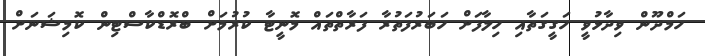
ހަމްދޫން ވިދާޅުވީ ހަގީގަތާއި ހިލާފަށް ހަބަރުފަތުރާ ފަރާތްތައް މޮނީޓާ ކުރުމަށް ބްރޮޑްކާސްޓިން ކޮމިޝަނަށް